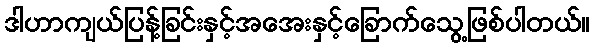
ဒါဟာကျယ်ပြန့်ခြင်းနှင့်အအေးနှင့်ခြောက်သွေ့ဖြစ်ပါတယ်။